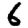
Digit: 6